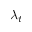
\lambda _ { t }